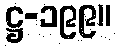
ဋ္ဌ-၁၉၉။